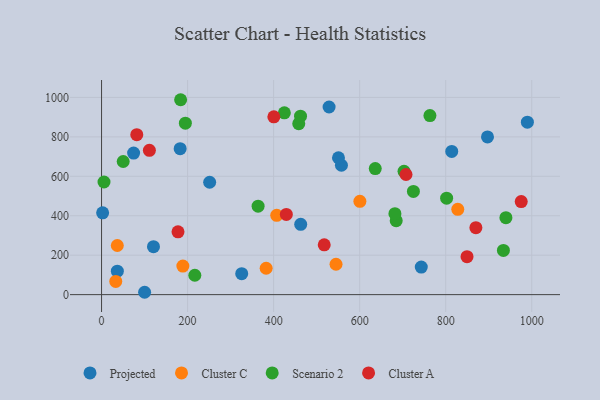
{"axis": {"x": "Distance", "y": "Salary"}, "legend": ["Cluster A", "Cluster C", "Projected", "Scenario 2"], "data": [{"x": "462.9", "y": 356.4, "type": "Projected"}, {"x": "251.3", "y": 569.9, "type": "Projected"}, {"x": "325.8", "y": 106.5, "type": "Projected"}, {"x": "743.2", "y": 139.7, "type": "Projected"}, {"x": "2.5", "y": 414.8, "type": "Projected"}, {"x": "897.1", "y": 799.5, "type": "Projected"}, {"x": "814.0", "y": 726.0, "type": "Projected"}, {"x": "74.5", "y": 717.7, "type": "Projected"}, {"x": "557.6", "y": 656.0, "type": "Projected"}, {"x": "36.7", "y": 119.2, "type": "Projected"}, {"x": "528.9", "y": 951.3, "type": "Projected"}, {"x": "550.7", "y": 694.1, "type": "Projected"}, {"x": "182.7", "y": 740.1, "type": "Projected"}, {"x": "100.1", "y": 12.0, "type": "Projected"}, {"x": "989.8", "y": 874.6, "type": "Projected"}, {"x": "120.7", "y": 243.3, "type": "Projected"}, {"x": "382.6", "y": 133.9, "type": "Cluster C"}, {"x": "828.0", "y": 432.7, "type": "Cluster C"}, {"x": "545.0", "y": 154.0, "type": "Cluster C"}, {"x": "33.0", "y": 67.2, "type": "Cluster C"}, {"x": "36.6", "y": 249.2, "type": "Cluster C"}, {"x": "600.5", "y": 473.3, "type": "Cluster C"}, {"x": "407.2", "y": 402.4, "type": "Cluster C"}, {"x": "189.0", "y": 144.7, "type": "Cluster C"}, {"x": "684.9", "y": 375.1, "type": "Scenario 2"}, {"x": "424.9", "y": 921.7, "type": "Scenario 2"}, {"x": "636.2", "y": 639.1, "type": "Scenario 2"}, {"x": "183.8", "y": 988.3, "type": "Scenario 2"}, {"x": "194.8", "y": 869.2, "type": "Scenario 2"}, {"x": "462.5", "y": 905.0, "type": "Scenario 2"}, {"x": "5.7", "y": 571.2, "type": "Scenario 2"}, {"x": "802.1", "y": 489.3, "type": "Scenario 2"}, {"x": "934.1", "y": 224.1, "type": "Scenario 2"}, {"x": "363.9", "y": 448.4, "type": "Scenario 2"}, {"x": "703.1", "y": 625.1, "type": "Scenario 2"}, {"x": "458.4", "y": 867.1, "type": "Scenario 2"}, {"x": "50.3", "y": 675.0, "type": "Scenario 2"}, {"x": "681.9", "y": 410.7, "type": "Scenario 2"}, {"x": "216.8", "y": 98.3, "type": "Scenario 2"}, {"x": "724.9", "y": 523.2, "type": "Scenario 2"}, {"x": "939.9", "y": 390.5, "type": "Scenario 2"}, {"x": "763.3", "y": 908.1, "type": "Scenario 2"}, {"x": "111.2", "y": 731.5, "type": "Cluster A"}, {"x": "400.5", "y": 901.5, "type": "Cluster A"}, {"x": "849.5", "y": 192.4, "type": "Cluster A"}, {"x": "707.7", "y": 609.2, "type": "Cluster A"}, {"x": "429.5", "y": 406.8, "type": "Cluster A"}, {"x": "81.9", "y": 811.1, "type": "Cluster A"}, {"x": "870.1", "y": 339.7, "type": "Cluster A"}, {"x": "517.6", "y": 252.7, "type": "Cluster A"}, {"x": "975.5", "y": 471.7, "type": "Cluster A"}, {"x": "177.7", "y": 318.3, "type": "Cluster A"}]}